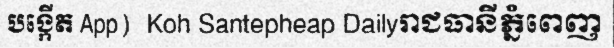
បង្កើត App)  Koh Santepheap Dailyរាជធានីភ្នំពេញ